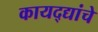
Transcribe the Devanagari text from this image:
कायद्द्यांचे